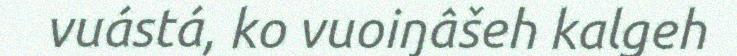
vuástá, ko vuoiŋâšeh kalgeh